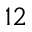
^ { 1 2 }